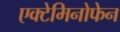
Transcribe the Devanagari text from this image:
एक्टेमिनोफेन